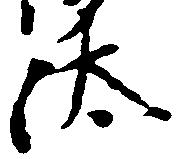
汰